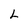
Character: L